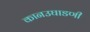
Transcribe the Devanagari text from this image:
कानउघाडणी